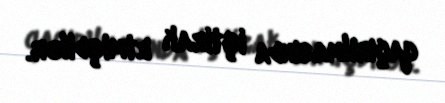
qaçırılmasında iştirak etmişdilər.